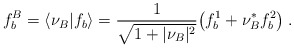
\begin{align*}f_b^B=\langle\nu_B\vert f_b\rangle={1\over\sqrt{1+\vert\nu_B\vert^2}}\bigl(f_b^1+\nu_B^*f_b^2\bigr)\;.\end{align*}